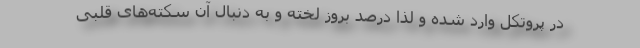
در پروتکل وارد شده و لذا درصد بروز لخته و به دنبال آن سکته‌های قلبی